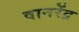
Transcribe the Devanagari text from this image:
वानरेंद्र